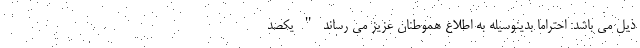
ذیل می باشد: احتراماً بدینوسیله به اطلاع هموطنان عزیز می رساند " یکصد